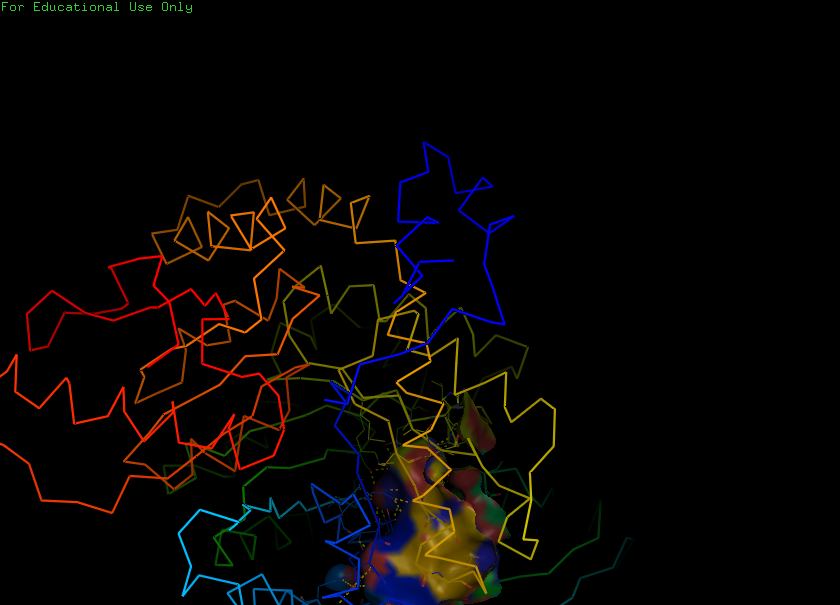
pymol, preset, ligand_sites